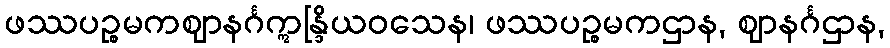
ဖဿပဉ္စမကဈာနင်္ဂဣန္ဒြိယဝသေန၊ ဖဿပဉ္စမကဌာန, ဈာနင်္ဂဌာန,